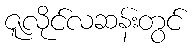
ဇူလိုင်လဆန်းတွင်